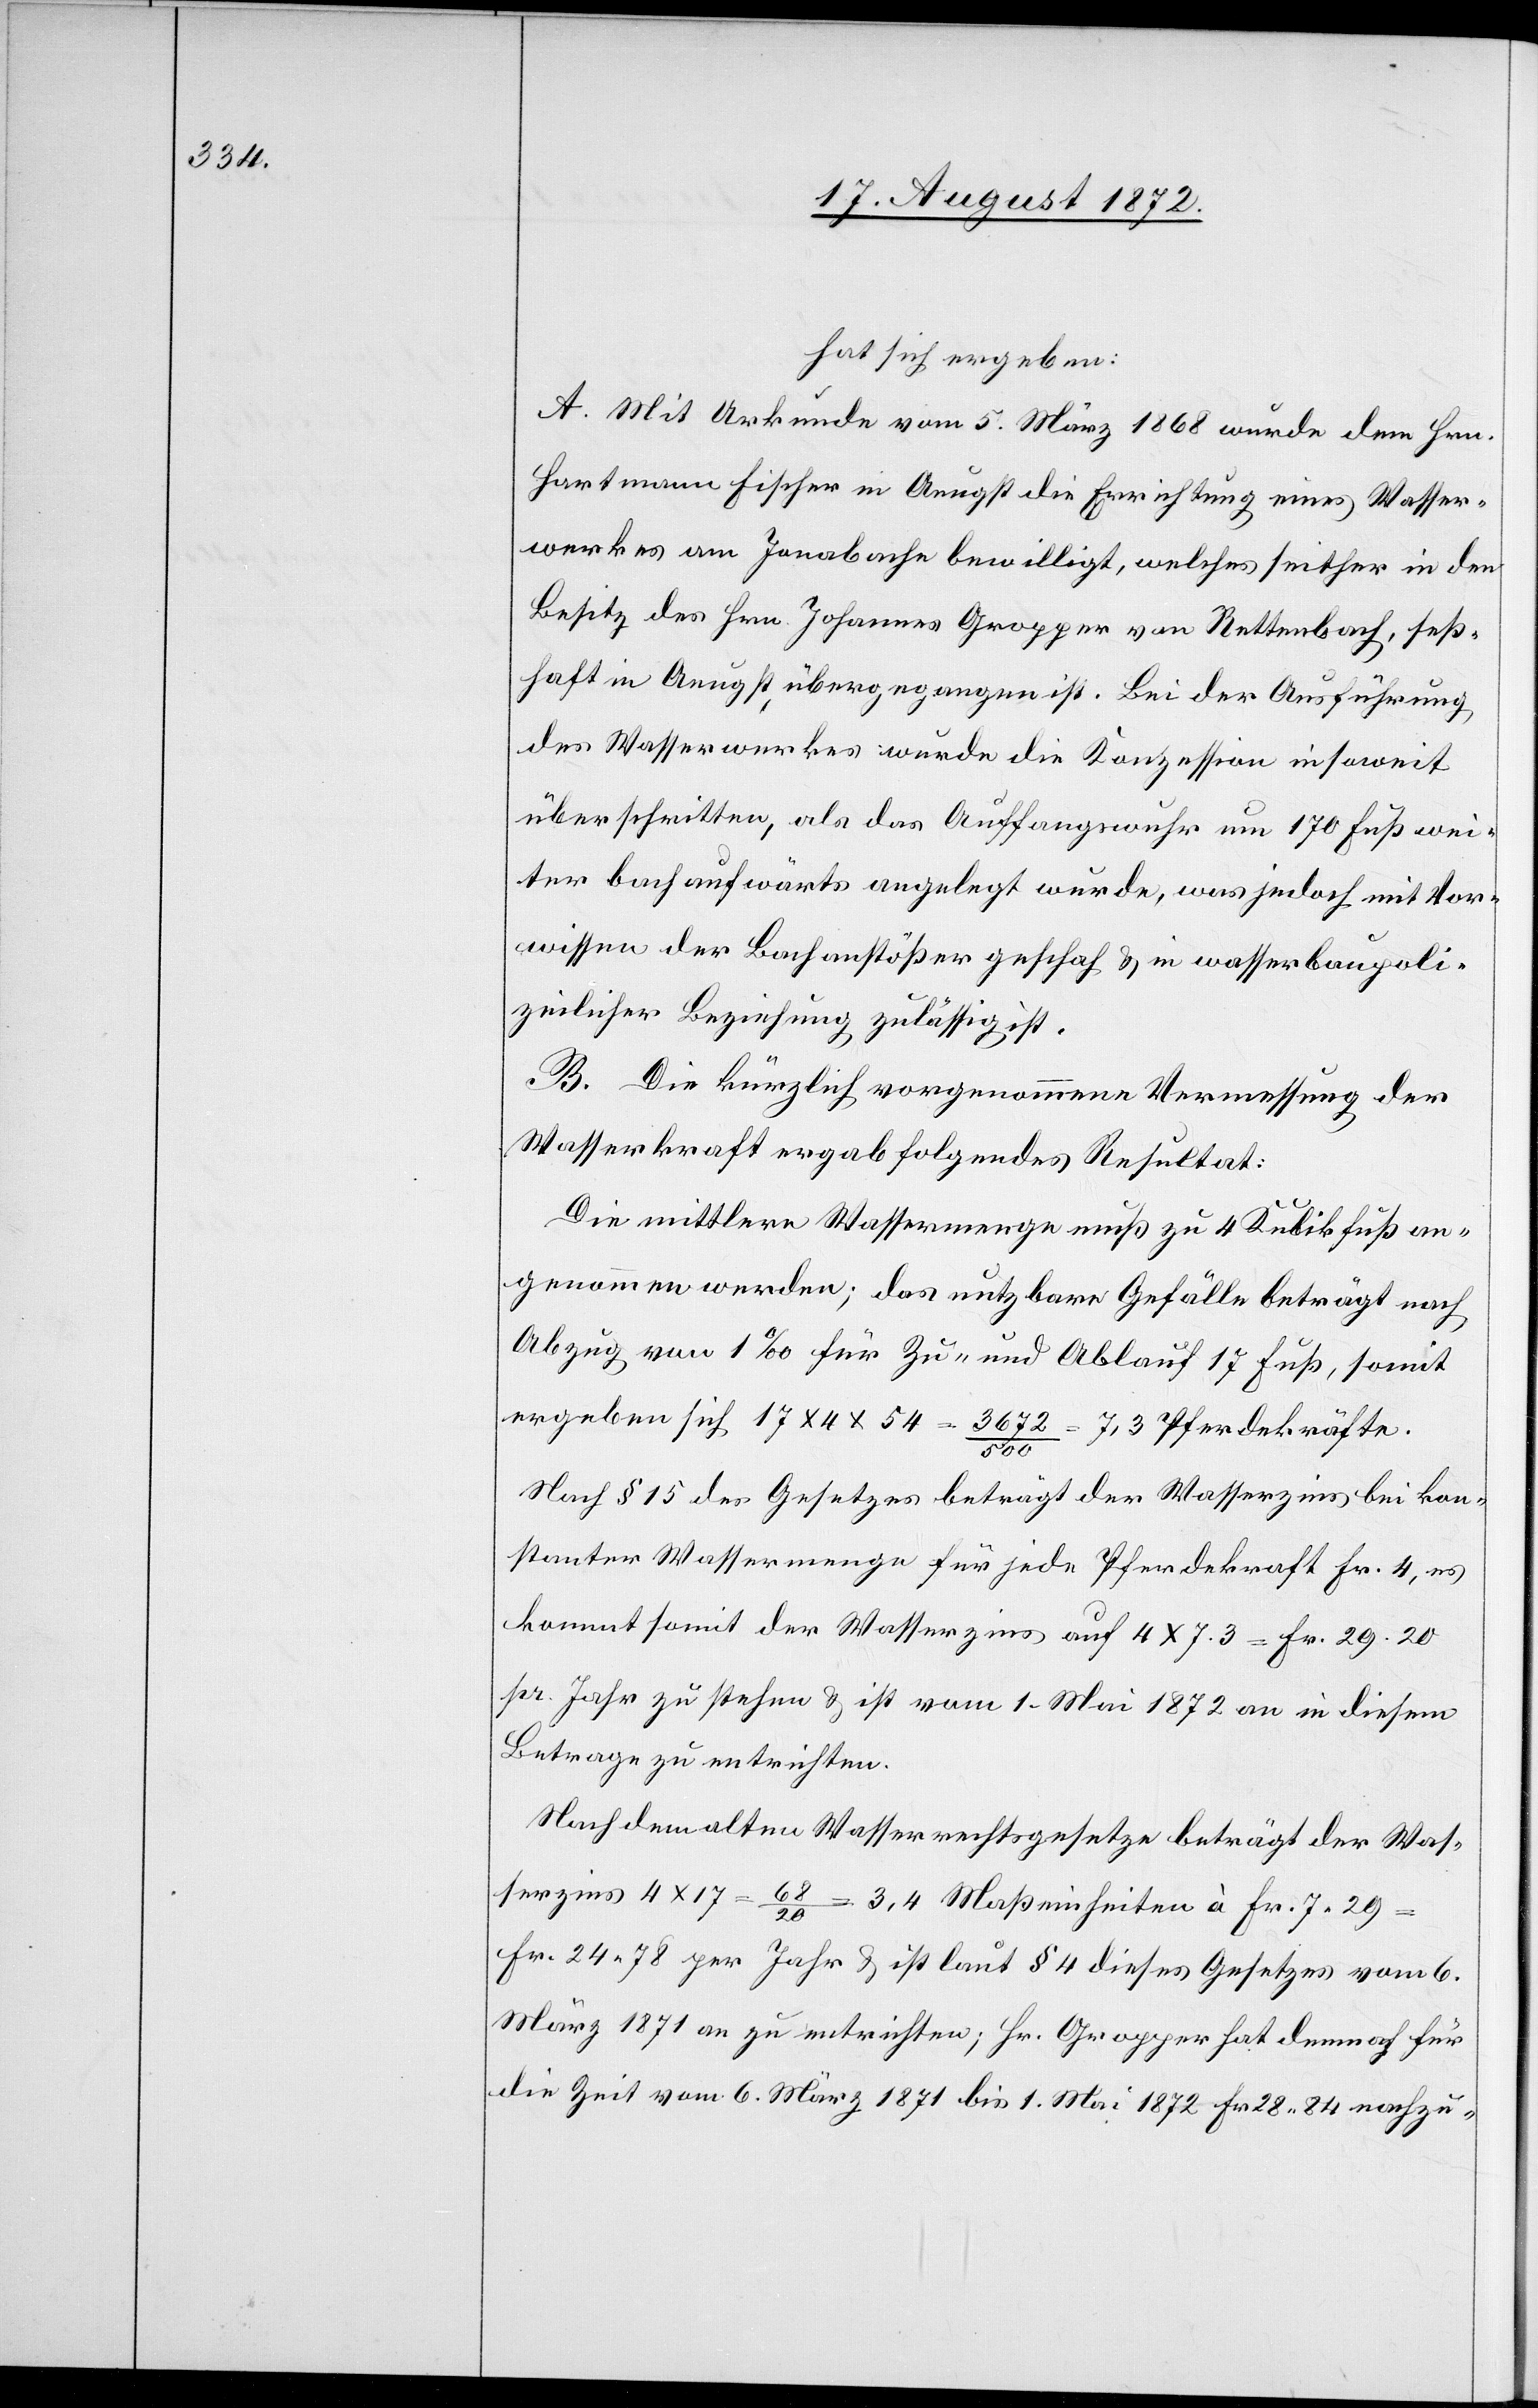
hat sich ergeben:
A. Mit Urkunde vom 5. März 1868 wurde dem Hrn.
Hartmann Fischer in Aeugst die Errichtung eines Wasser¬
werkes am Jonabache bewilligt, welches seither in den
Besitz des Hrn. Johannes Gropper von Rettenbach, seß¬
haft in Aeugst, übergegangen ist. Bei der Ausführung
des Wasserwerkes wurde die Konzession insoweit
überschritten, als das Auffangswuhr um 170 Fuß wei¬
ter bachaufwärts angelegt wurde, was jedoch mit Vor¬
wissen der Bachanstößer geschah u. in wasserbaupoli¬
zeilicher Beziehung zulässig ist.
B. Die kürzlich vorgenommene Vermessung der
Wasserkraft ergab folgendes Resultat:
Die mittlere Wassermenge muß zu 4 Kubikfuß an¬
genommen werden; das nutzbare Gefälle beträgt nach
Abzug von 1‰ für Zu- und Ablauf 17 Fuß, somit
ergeben sich 17 x 4 x 54 = 3672 / 500 = 7,3 Pferdekräfte.
Nach § 15 des Gesetzes beträgt der Wasserzins bei kon¬
stanter Wassermenge für jede Pferdekraft Fr. 4, es
kommt somit der Wasserzins auf 4 x 7.3 = Fr. 29.20
pr. Jahr zu stehen u. ist vom 1. Mai 1872 an in diesem
Betrage zu entrichten.
Nach dem alten Wasserrechtsgesetze beträgt der Was¬
serzins 4 x 17 = 68 / 20 = 3,4 Maßeinheiten à Fr. 7.29
Fr. 24 78 per Jahr u. ist laut § 4 dieses Gesetzes vom 6.
März 1871 an zu entrichten; Hr. Gropper hat demnach für
die Zeit vom 6. März 1871 bis 1. Mai 1872 Fr. 28 84 nachzu-